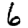
Digit: 6